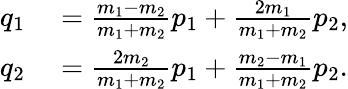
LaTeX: \begin{array}{rl}{q_{1}}&{{}=\frac{m_{1}-m_{2}}{m_{1}+m_{2}}p_{1}+\frac{2m_{1}}{m_{1}+m_{2}}p_{2},}\\ {q_{2}}&{{}=\frac{2m_{2}}{m_{1}+m_{2}}p_{1}+\frac{m_{2}-m_{1}}{m_{1}+m_{2}}p_{2}.}\end{array}